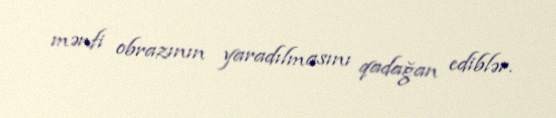
mənfi obrazının yaradılmasını qadağan ediblər.